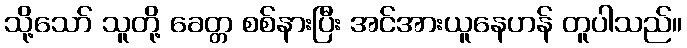
သို့သော် သူတို့ ခေတ္တ စစ်နားပြီး အင်အားယူနေဟန် တူပါသည်။